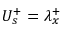
U _ { s } ^ { + } = \lambda _ { x } ^ { + }